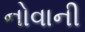
નોવાની